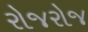
રોજરોજ